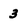
Character: 3